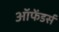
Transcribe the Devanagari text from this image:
ऑफेंडर्स